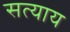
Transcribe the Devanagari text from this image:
सत्याय